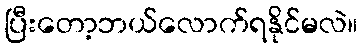
ပြီးတော့ဘယ်လောက်ရနိုင်မလဲ။